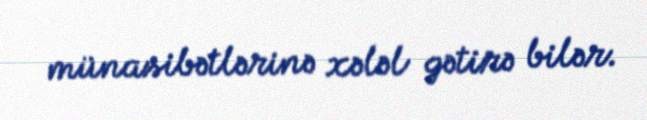
münasibətlərinə xələl gətirə bilər.